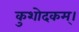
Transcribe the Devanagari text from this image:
कुशोदकम्।